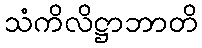
သံကိလိဋ္ဌာဘာတိ